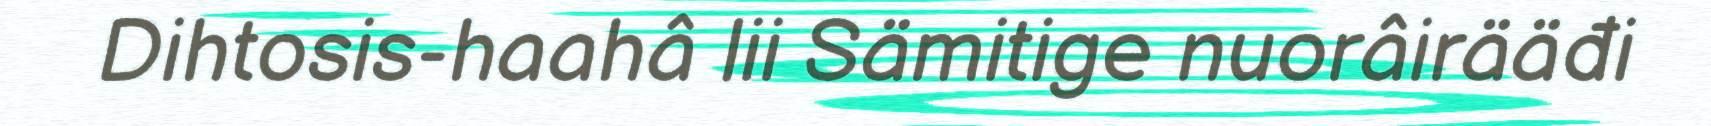
Dihtosis-haahâ lii Sämitige nuorâirääđi